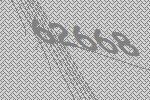
62668